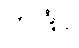
ဘဒြံဝ